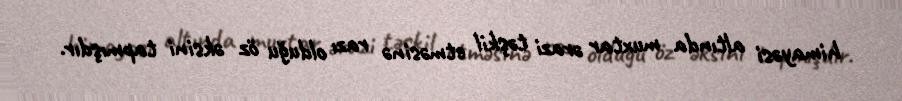
himayəsi altında muxtar ərazi təşkil etməsinə razı olduğu öz əksini tapmışdır.